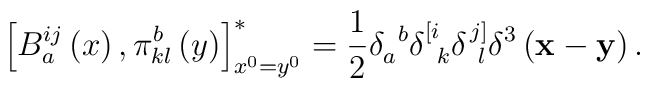
\left[ B_a^{ij}\left( x\right) ,\pi _{kl}^b\left( y\right) \right]_{x^0=y^0}^{*}=\frac 12\delta _a^{\;\;b}\delta _{\;\;k}^{\left[ i\right.}\delta _{\;\;l}^{\left. j\right] }\delta ^3\left( {\bf x}-{\bf y}\right) .